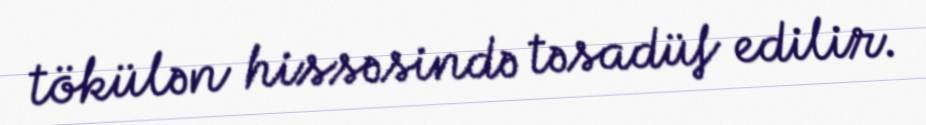
tökülən hissəsində təsadüf edilir.